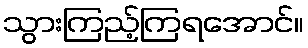
သွားကြည့်ကြရအောင်။